Lunatic asylums Central Provinces reports 1910-1926 - 1910-1926
Year: 1910
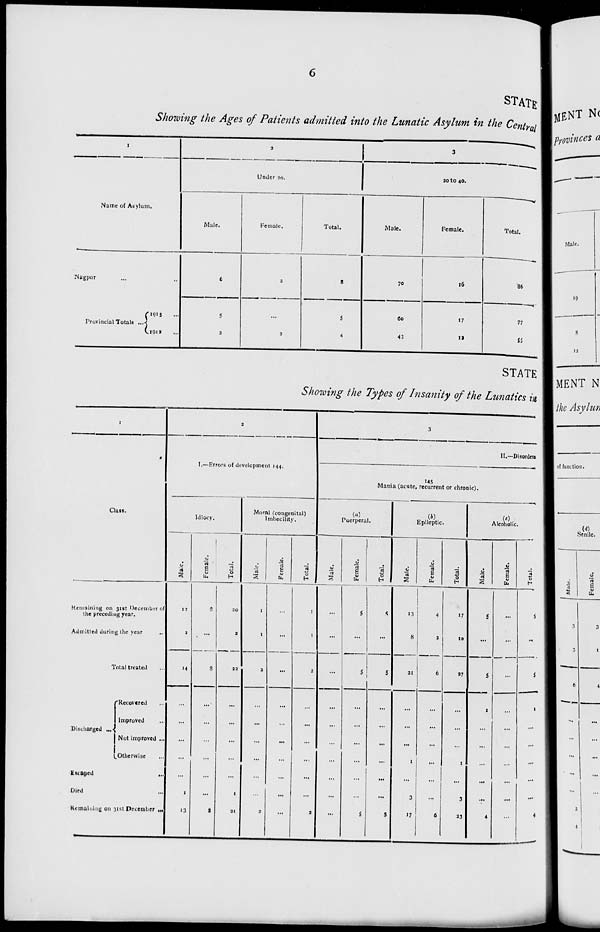
6
STATE
Showing the Ages of Patients admitted into the Lunatic Asylum in the Central
1
Name of Asylum.
Nagpur ... ...
Provincial Totals ...
1913 ...
1912 ...
2
Under 20.
Male.
6
5
2
Female.
2
...
2
Total.
8
5
4
3
20 to 40.
Male.
70
60
43
Female.
16
17
12
Total.
86
77
55
STATE
Showing the Types of Insanity of the Lunatics in
1
Class.
Remaining on 31st December of
the preceding year.
Admitted during the year ...
Total treated ...
Discharged ...
Recovered ...
Improved ...
Not improved ...
Otherwise ...
Escaped
...
Died ...
Remaining on 31st December ...
2
I.—Errors of development 144.
Idiocy.
Male.
12
2
14
...
...
...
...
...
1
13
Female.
8
...
3
...
...
...
...
...
...
8
Total.
20
2
22
...
...
...
...
...
1
21
Moral (congenital)
Imbecility.
Male.
1
1
2
...
...
...
...
...
...
2
Female.
...
...
...
...
...
...
...
...
...
...
Total.
1
1
2
...
...
...
...
...
...
2
3
II.—Disorders
145
Mania (acute, recurrent or chronic).
(a)
Puerperal.
Male.
...
...
...
...
...
...
...
...
...
...
Female.
5
...
5
...
...
...
...
...
...
5
Total.
5
...
5
...
...
...
...
...
...
5
(b)
Epileptic.
Male.
13
8
21
...
...
...
1
...
3
17
Female.
4
2
6
...
...
...
...
...
...
6
Total.
17
10
27
...
...
...
1
...
3
23
Alcoholic.
Male.
5
...
5
1
...
...
...
...
...
4
Female.
...
...
...
...
...
...
...
...
...
...
Total.
5
...
5
1
...
...
...
...
...
4